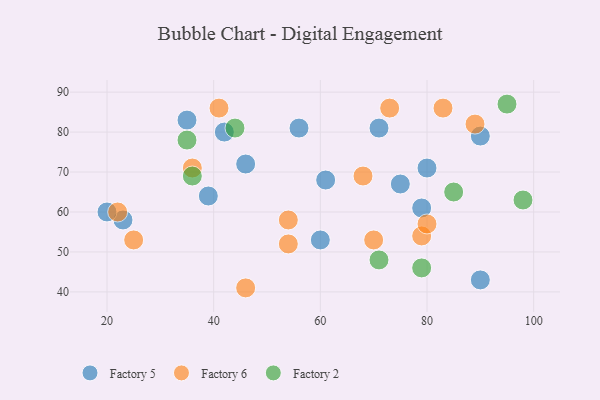
{"axis": {"x": "GDP", "y": "Life Expectancy"}, "legend": ["Factory 2", "Factory 5", "Factory 6"], "data": [{"x": "90", "y": 79, "type": "Factory 5"}, {"x": "75", "y": 67, "type": "Factory 5"}, {"x": "61", "y": 68, "type": "Factory 5"}, {"x": "56", "y": 81, "type": "Factory 5"}, {"x": "42", "y": 80, "type": "Factory 5"}, {"x": "23", "y": 58, "type": "Factory 5"}, {"x": "71", "y": 81, "type": "Factory 5"}, {"x": "35", "y": 83, "type": "Factory 5"}, {"x": "79", "y": 61, "type": "Factory 5"}, {"x": "20", "y": 60, "type": "Factory 5"}, {"x": "60", "y": 53, "type": "Factory 5"}, {"x": "90", "y": 43, "type": "Factory 5"}, {"x": "80", "y": 71, "type": "Factory 5"}, {"x": "46", "y": 72, "type": "Factory 5"}, {"x": "39", "y": 64, "type": "Factory 5"}, {"x": "73", "y": 86, "type": "Factory 6"}, {"x": "54", "y": 58, "type": "Factory 6"}, {"x": "36", "y": 71, "type": "Factory 6"}, {"x": "89", "y": 82, "type": "Factory 6"}, {"x": "70", "y": 53, "type": "Factory 6"}, {"x": "83", "y": 86, "type": "Factory 6"}, {"x": "68", "y": 69, "type": "Factory 6"}, {"x": "79", "y": 54, "type": "Factory 6"}, {"x": "22", "y": 60, "type": "Factory 6"}, {"x": "54", "y": 52, "type": "Factory 6"}, {"x": "41", "y": 86, "type": "Factory 6"}, {"x": "25", "y": 53, "type": "Factory 6"}, {"x": "46", "y": 41, "type": "Factory 6"}, {"x": "80", "y": 57, "type": "Factory 6"}, {"x": "71", "y": 48, "type": "Factory 2"}, {"x": "95", "y": 87, "type": "Factory 2"}, {"x": "79", "y": 46, "type": "Factory 2"}, {"x": "98", "y": 63, "type": "Factory 2"}, {"x": "44", "y": 81, "type": "Factory 2"}, {"x": "35", "y": 78, "type": "Factory 2"}, {"x": "36", "y": 69, "type": "Factory 2"}, {"x": "85", "y": 65, "type": "Factory 2"}]}